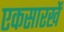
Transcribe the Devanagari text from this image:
एकसारखें